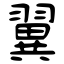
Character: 翼